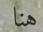
هنا